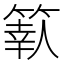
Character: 𥱩